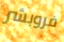
فروبشر